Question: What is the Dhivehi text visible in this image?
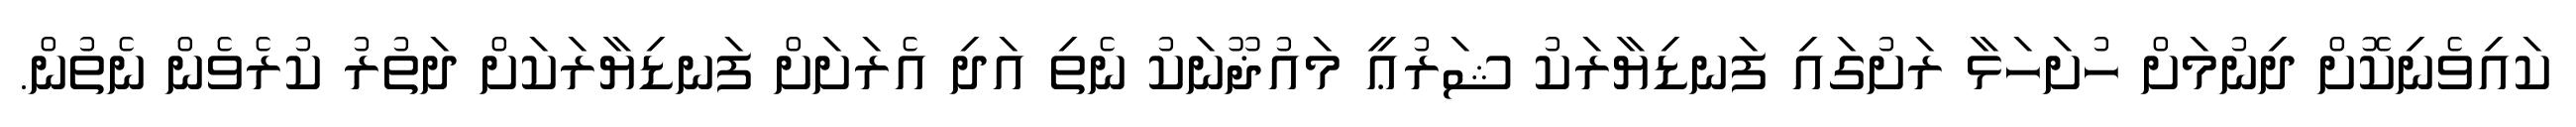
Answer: ކައިވެނިކޮށް ދިނުމަށް ހުށަހަޅާ ރަށުގައި ފަނޑިޔާރަކު ޝަރުޢީ މައުޛޫނަކު ނެތި އަދި އެރަށަށް ފަނޑިޔާރަކަށް ދަތުރު ކުރެވެން ނެތުން.